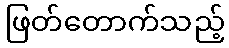
ဖြတ်တောက်သည့်